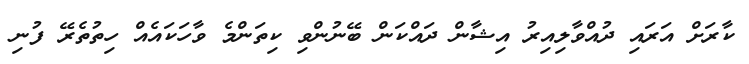
ކާރަށް އަރައި ދުއްވާލިއިރު އިޝާން ދައްކަން ބޭނުންވި ކިތަންމެ ވާހަކައެއް ހިތުތެރޭ ފުނި